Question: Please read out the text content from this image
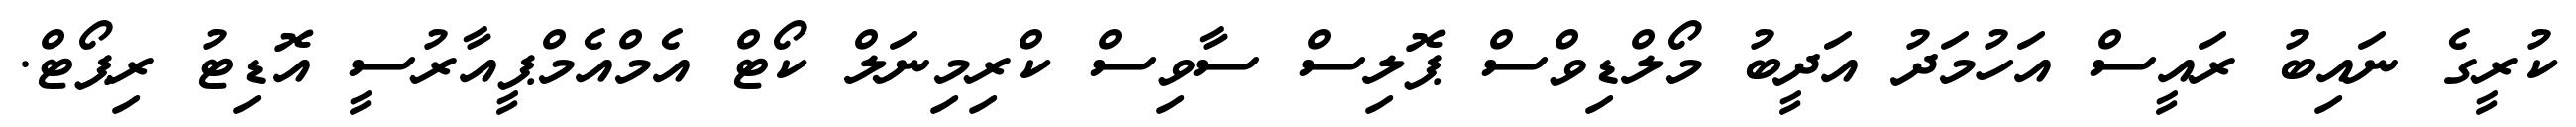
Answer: ކުރީގެ ނައިބު ރައީސް އަހުމަދު އަދީބު މޯލްޑިވްސް ޕޮލިސް ސާވިސް ކްރިމިނަލް ކޯޓް އެމްއެމްޕީއާރުސީ އޮޑިޓު ރިޕޯޓް.